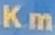
Km